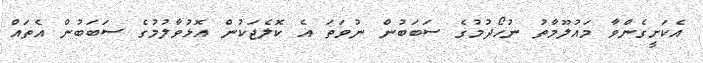
އެކަށީގެންވާ މައުލޫމާތު ނުހޯދުމުގެ ސަބަބުން ނުވަތަ އެ ކޮލެޖަކުން އޮޅުވާލުމުގެ ސަބަބުން އެތައް